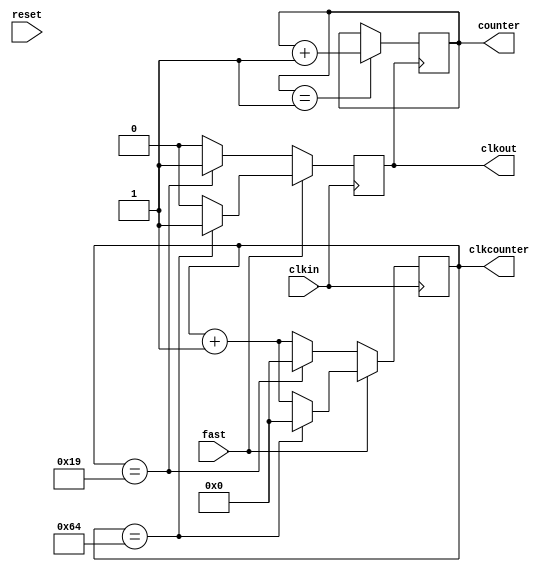
`timescale 10ms / 1ps


module eightbit
(

input reset,clkin,
input fast,

output reg clkout,
output reg [7:0] counter,
output reg [6:0] clkcounter
);

always@ (posedge clkin) begin 

if (fast) begin
    if (clkcounter== 7'b1100100) begin 
    clkcounter= 7'b0;
    clkout = 1'b1;
end
    else begin
    clkcounter <= clkcounter+1;
    clkout <= 1'b0; 
    end
end

else 
begin
    if (clkcounter== 7'b0011001) begin 
    clkcounter= 7'b0;
    clkout = 1'b1;
    end
    else begin
    clkcounter <= clkcounter+1;
    clkout <= 1'b0; 
    end
end

end  //clkdivider end


always@ (posedge clkout) begin 

if (counter == 8'b1) begin
counter <= counter + 1; 
end

end //always end

endmodule